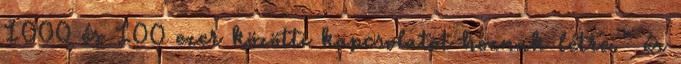
1000 és 100 ezer közötti kapcsolatot hoznak létre." és